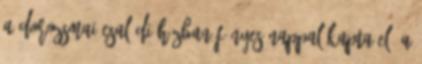
a dorozsmai családi házban Fényes nappal kapta elő a